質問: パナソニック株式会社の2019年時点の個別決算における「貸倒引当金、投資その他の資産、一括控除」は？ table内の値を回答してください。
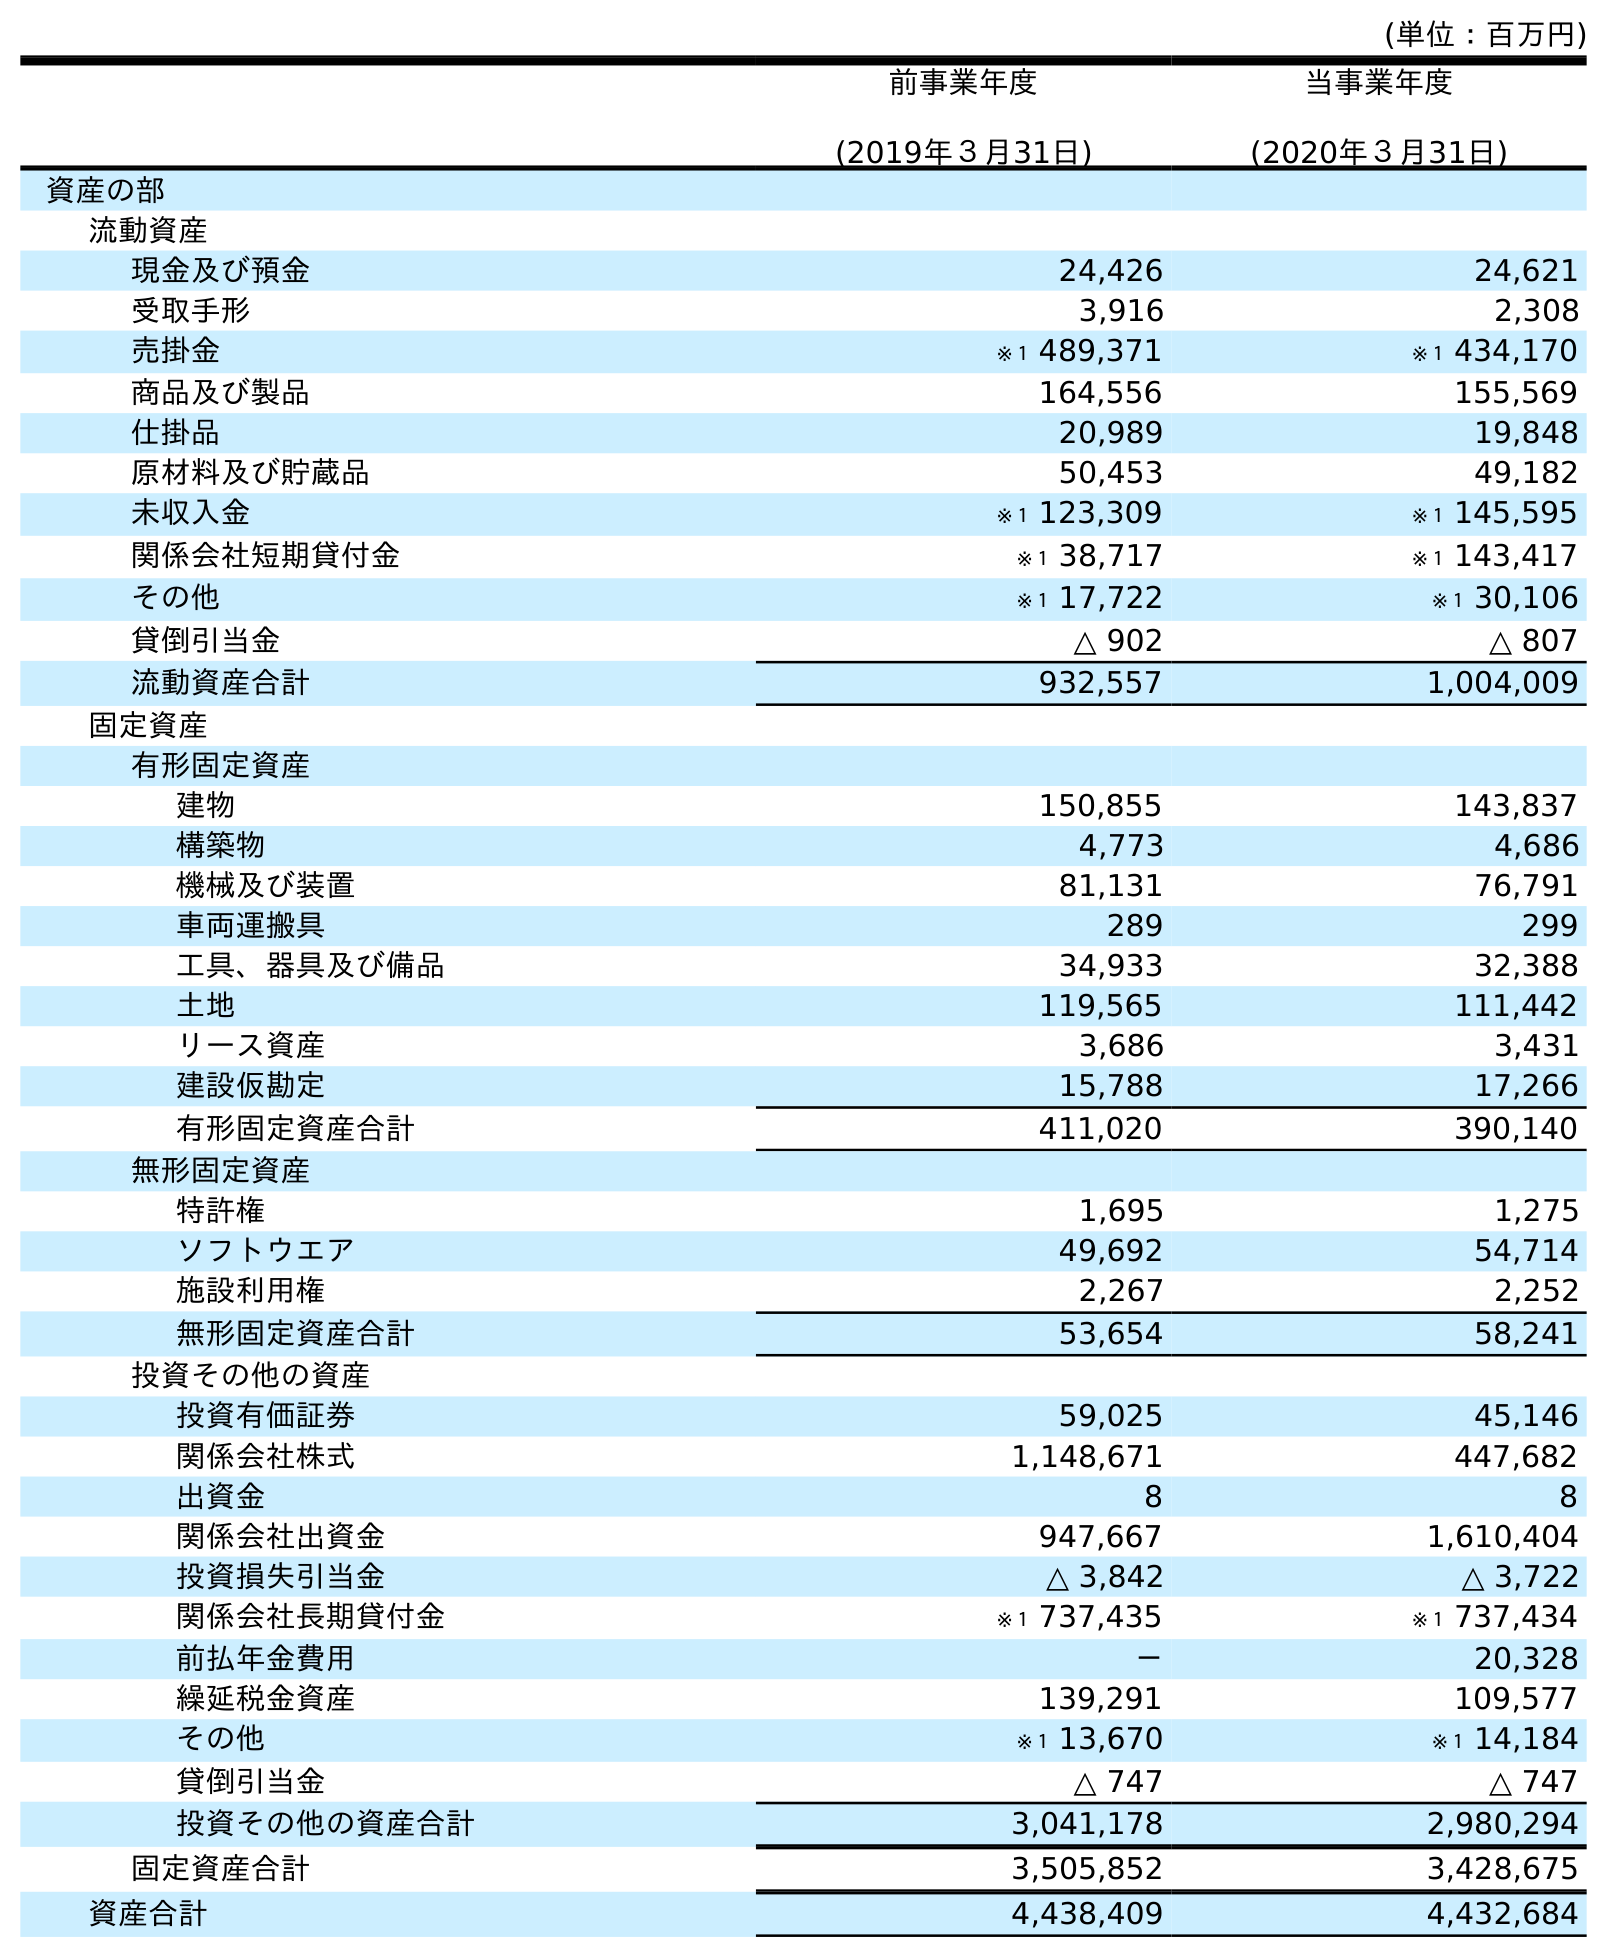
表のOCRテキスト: (単位：百万円) 前事業年度 (2019年３月31日) 当事業年度 (2020年３月31日) 資産の部 流動資産 現金及び預金 24,426 24,621 受取手形 3,916 2,308 売掛金 ※１ 489,371 ※１ 434,170 商品及び製品 164,556 155,569 仕掛品 20,989 19,848 原材料及び貯蔵品 50,453 49,182 未収入金 ※１ 123,309 ※１ 145,595 関係会社短期貸付金 ※１ 38,717 ※１ 143,417 その他 ※１ 17,722 ※１ 30,106 貸倒引当金 △ 902 △ 807 流動資産合計 932,557 1,004,009 固定資産 有形固定資産 建物 150,855 143,837 構築物 4,773 4,686 機械及び装置 81,131 76,791 車両運搬具 289 299 工具、器具及び備品 34,933 32,388 土地 119,565 111,442 リース資産 3,686 3,431 建設仮勘定 15,788 17,266 有形固定資産合計 411,020 390,140 無形固定資産 特許権 1,695 1,275 ソフトウエア 49,692 54,714 施設利用権 2,267 2,252 無形固定資産合計 53,654 58,241 投資その他の資産 投資有価証券 59,025 45,146 関係会社株式 1,148,671 447,682 出資金 8 8 関係会社出資金 947,667 1,610,404 投資損失引当金 △ 3,842 △ 3,722 関係会社長期貸付金 ※１ 737,435 ※１ 737,434 前払年金費用 － 20,328 繰延税金資産 139,291 109,577 その他 ※１ 13,670 ※１ 14,184 貸倒引当金 △ 747 △ 747 投資その他の資産合計 3,041,178 2,980,294 固定資産合計 3,505,852 3,428,675 資産合計 4,438,409 4,432,684
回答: △747